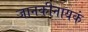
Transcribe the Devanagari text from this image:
जानकीनायकं